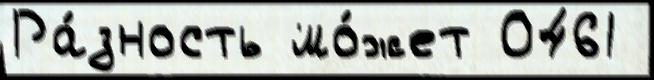
Ра́зность мо́жет 0461